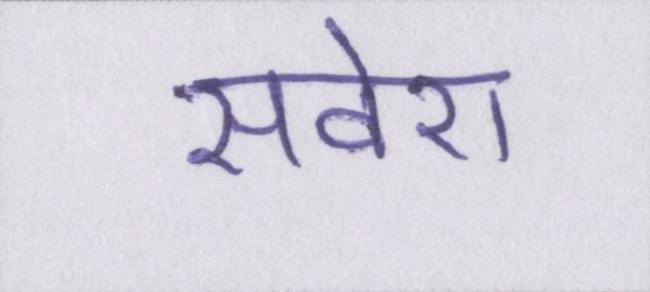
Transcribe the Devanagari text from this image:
सवेरा